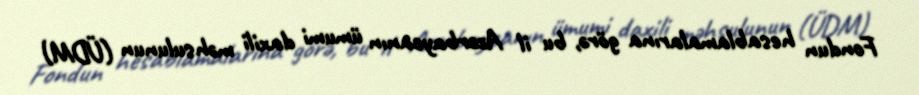
Fondun hesablamalarına görə, bu il Azərbaycanın ümumi daxili məhsulunun (ÜDM)